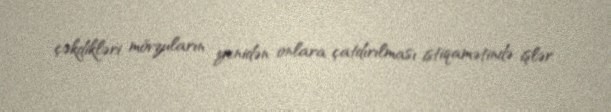
çəkdikləri mövzuların yenidən onlara çatdırılması istiqamətində işlər